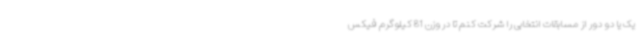
یک یا دو دور از مسابقات انتخابی را شرکت کنم تا در وزن 81 کیلوگرم فیکس